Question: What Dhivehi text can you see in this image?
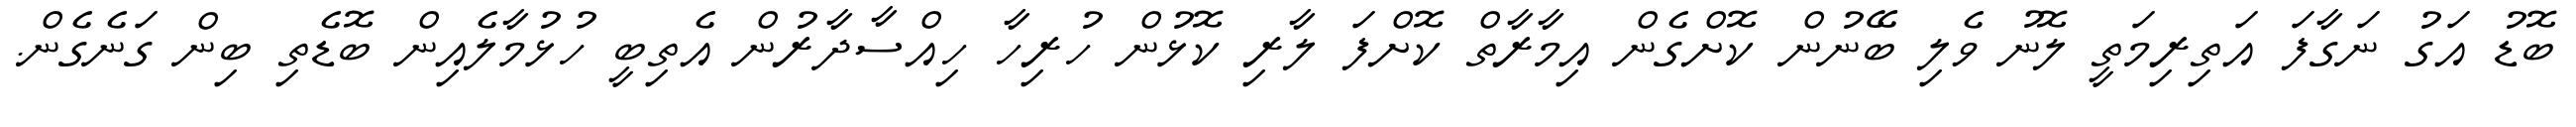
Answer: ބޮޑު އަގު ނަގާފަ އަތިރިމަތީ ލޮނު ވެލި ބޭނުން ކޮށްގެން އިމާރާތް ކޮށްފަ ލާރި ކޮޅުން ހުރިހާ ހިއްސާދާރުން އެތިބީ ހުޅުމާލެއިން ބޮޑެތި ބިން ގަނެގެން.